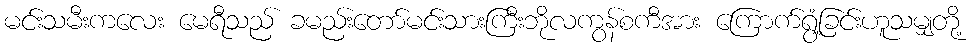
မင်းသမီးကလေး မေရီသည် ခမည်းတော်မင်းသားကြီးဘိုလကွန်စကီအား ကြောက်ရွံ့ခြင်းဟူသမျှတို့